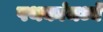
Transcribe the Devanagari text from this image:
पथकांमध्ये